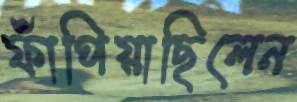
ফাঁপিয়াছিলেন